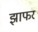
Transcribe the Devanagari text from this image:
झाफर